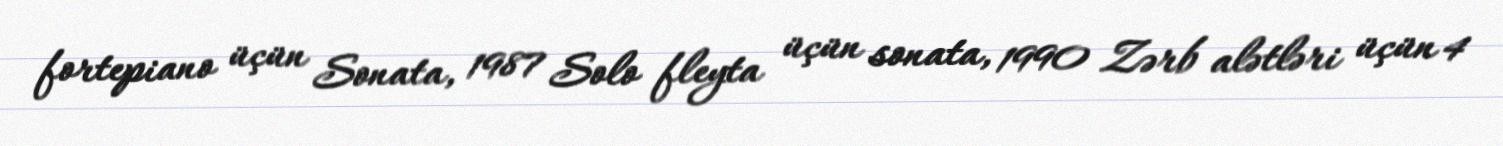
fortepiano üçün Sonata, 1987 Solo fleyta üçün sonata, 1990 Zərb alətləri üçün 4